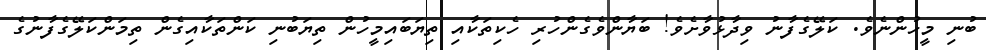
ބުނި މީހުންނެވެ. ކަލޭގެފާނު ވިދާޅުވާށެވެ! ބަޔާންވެގެންހުރި ހެކިތަކާއި ތިޔަބައިމީހުން ތިޔަބުނި ކަންތަކާއިގެން ތިމަންކަލޭގެފާނުގެ